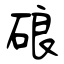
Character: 硠